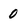
Character: 0